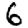
Digit: 6